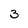
Character: 3